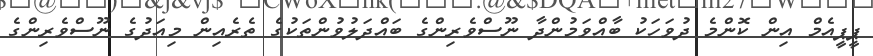
ޕީޕީއެމް އިން ކޮންމެ ދުވަހަކު ބާއްވަމުންދާ ނޫސްވެރިންގެ ބައްދަލުވުންތަކުގެ ތެރެއިން މިއަދުގެ ނޫސްވެރިންގެ